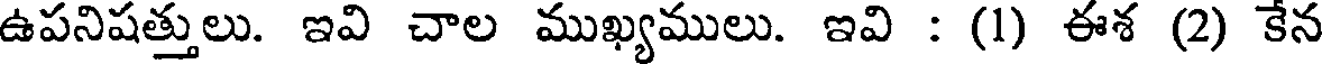
ఉపనిషత్తులు. ఇవి చాల ముఖ్యములు. ఇవి : (1) ఈశ (2) కేన